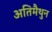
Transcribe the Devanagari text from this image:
अतिमैथुन